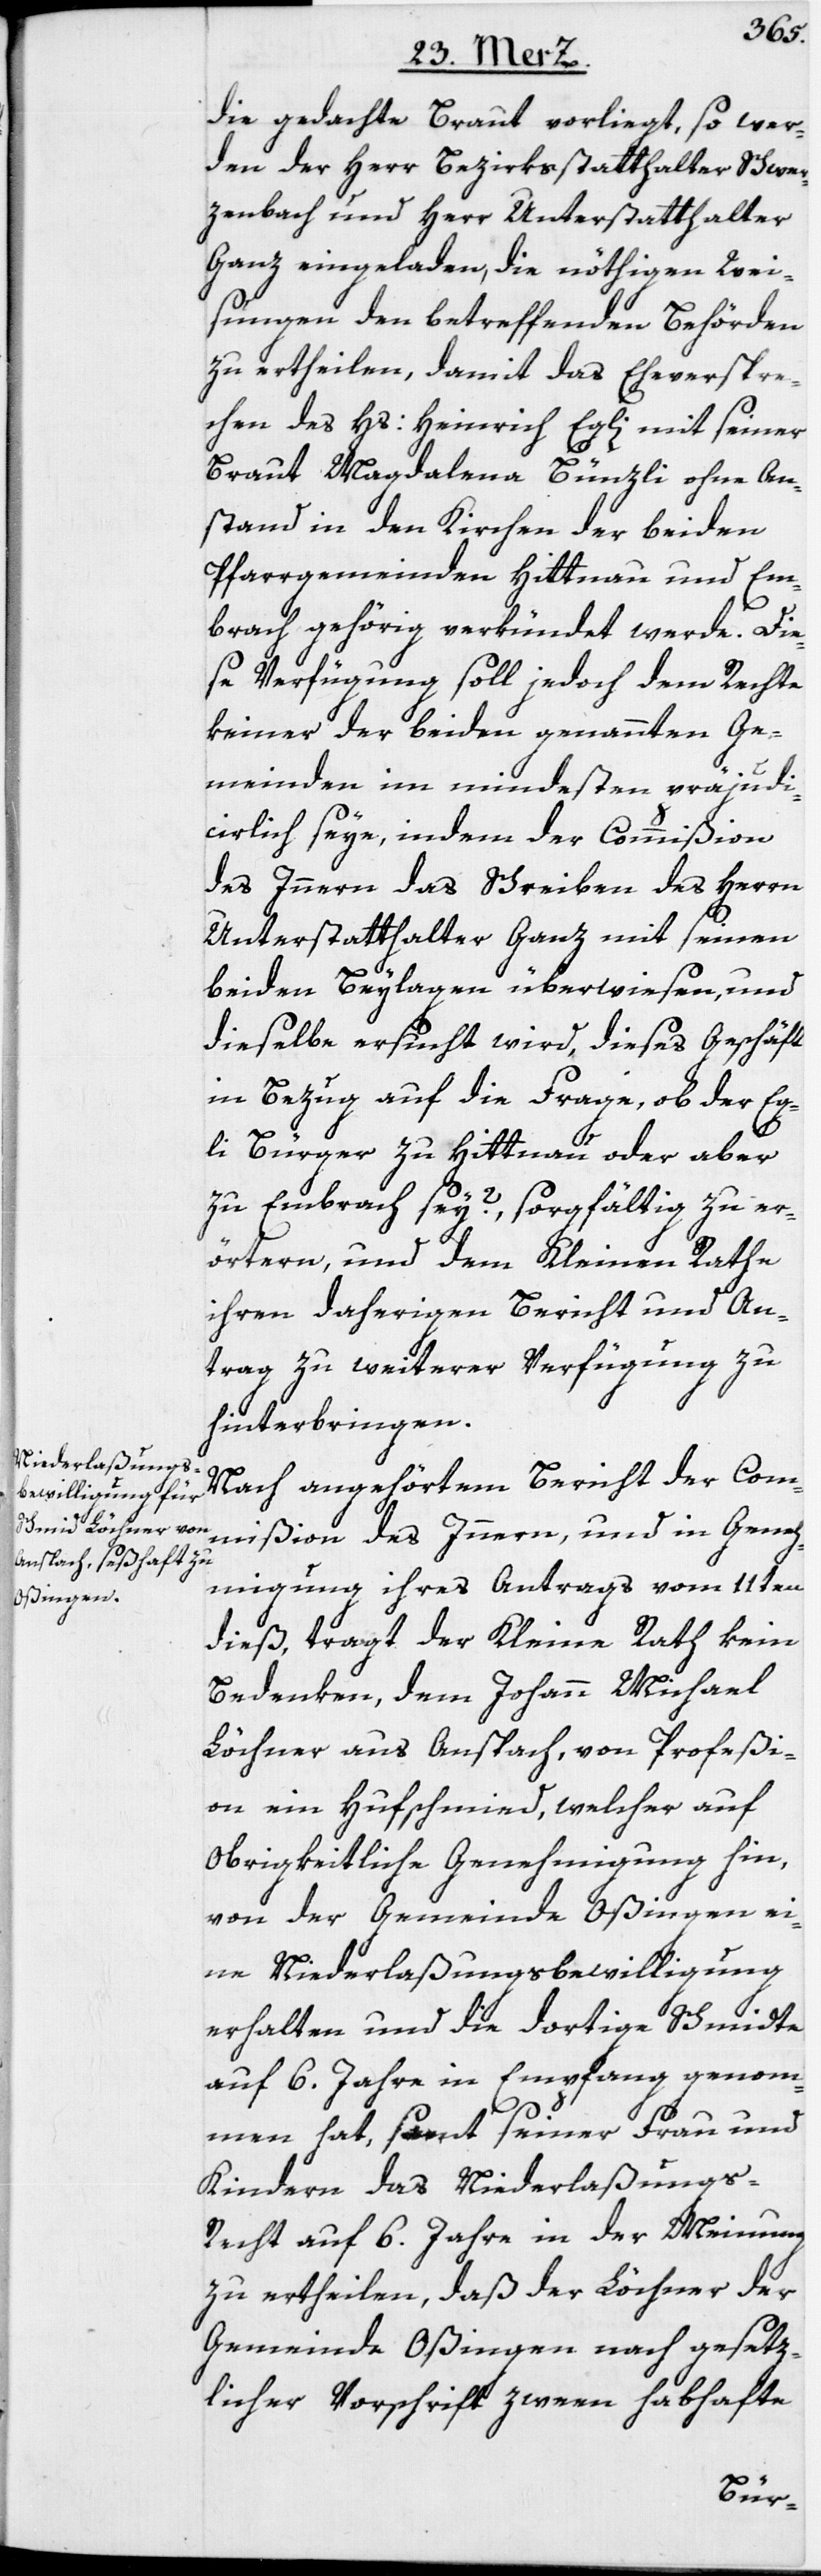
die gedachte Braut vorliegt, so wer¬
den der Herr Bezirksstatthalter Schwer¬
zenbach und Herr Unterstatthalter
Ganz eingeladen, die nöthigen Wei¬
sungen den betreffenden Behörden
zu ertheilen, damit das Eheverspre¬
chen des Hs: Heinrich Egli mit seiner
Braut Magdalena Bünzli ohne An¬
stand in den Kirchen der beiden
Pfarrgemeinden Hittnau und Em¬
brach gehörig verkündet werde. Die¬
se Verfügung soll jedoch dem Rechte
keiner der beiden genannten Ge¬
meinden im mindesten präjudi¬
cirlich seyn, indem der Commißion
des Innern das Schreiben des Herrn
Unterstatthalter Ganz mit seinen
beiden Beylagen überwiesen, und
dieselbe ersucht wird, dieses Geschäft
in Bezug auf die Frage, ob der Eg¬
li Bürger zu Hittnau oder aber
zu Embrach sey?, sorgfältig zu er¬
örtern, und dem Kleinen Rathe
ihren daherigen Bericht und An¬
trag zu weiterer Verfügung zu
hinterbringen.
Nach angehörtem Bericht der Com¬
mißion des Innern, und in Geneh¬
migung ihres Antrags vom 11ten
dieß, tragt der Kleine Rath kein
Bedenken, dem Johann Michael
Löchner aus Anspach, von Profeßi¬
on ein Hufschmied, welcher auf
Obrigkeitliche Genehmigung hin,
von der Gemeinde Oßingen ei¬
ne Niederlaßungsbewilligung
erhalten und die dortige Schmidte
auf 6. Jahre in Empfang genom¬
men hat, samt seiner Frau und
Kindern das Niederlaßung¬
s-Recht auf 6. Jahre in der Meinung
zu ertheilen, daß der Löchner der
Gemeinde Oßingen nach gesetz¬
licher Vorschrift zween habhafte